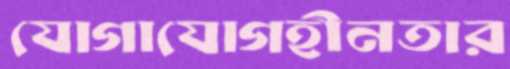
যোগাযোগহীনতার